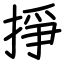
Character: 掙